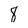
Character: 8